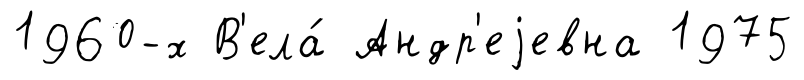
1960-х В'ела́ Андр'еjевна 1975